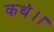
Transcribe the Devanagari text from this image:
कथं।।